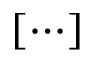
[ \cdots ]